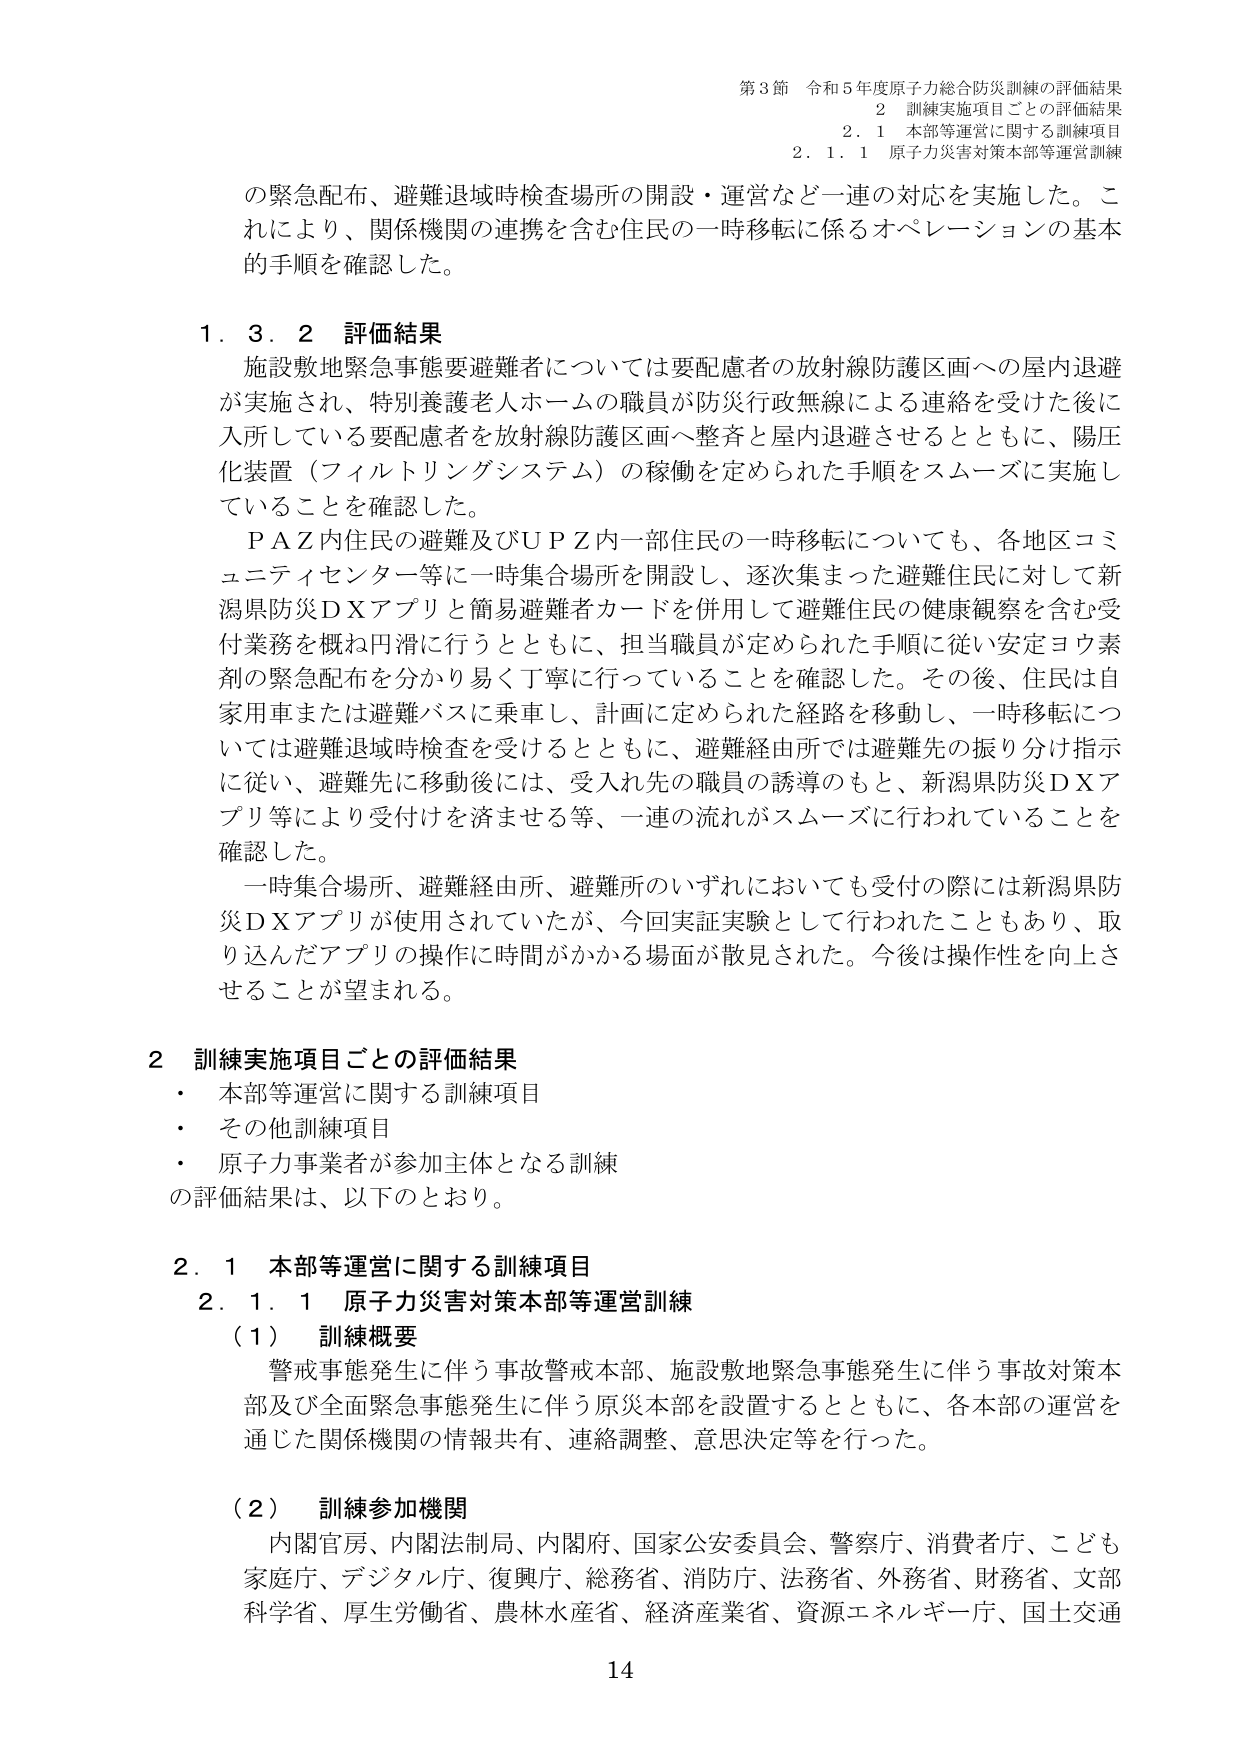
第3節 令和5年度原子力総合防災訓練の評価結果
2 訓練実施項目ごとの評価結果
2.1 本部等運営に関する訓練項目
2.1.1 原子力災害対策本部等運営訓練

の緊急配布、避難退域時検査場所の開設・運営など一連の対応を実施した。これにより、関係機関の連携を含む住民の一時移転に係るオペレーションの基本的手順を確認した。

1.3.2 評価結果
施設敷地緊急事態要避難者については要配慮者の放射線防護区画への屋内退避が実施され、特別養護老人ホームの職員が防災行政無線による連絡を受けた後に入所している要配慮者を放射線防護区画へ整齊と屋内退避させるとともに、陽圧化装置（フィルトリングシステム）の稼働を定められた手順をスムーズに実施していることを確認した。

ＰＡＺ内住民の避難及びＵＰＺ内一部住民の一時移転についても、各地区コミュニティセンター等に一時集合場所を開設し、逐次集まった避難住民に対して新潟県防災ＤＸアプリと簡易避難者カードを併用して避難住民の健康観察を含む受付業務を概ね円滑に行うとともに、担当職員が定められた手順に従い安定ヨウ素剤の緊急配布を分かり易く丁寧に行っていることを確認した。その後、住民は自家用車または避難バスに乗車し、計画に定められた経路を移動し、一時移転については避難退域時検査を受けるとともに、避難経由所では避難先の振り分け指示に従い、避難先に移動後には、受入れ先の職員の誘導のもと、新潟県防災ＤＸアプリ等により受付けを済ませる等、一連の流れがスムーズに行われていることを確認した。

一時集合場所、避難経由所、避難所のいずれにおいても受付の際には新潟県防災ＤＸアプリが使用されていたが、今回実証実験として行われたこともあり、取り込んだアプリの操作に時間がかかる場面が散見された。今後は操作性を向上させることが望まれる。

2 訓練実施項目ごとの評価結果
・ 本部等運営に関する訓練項目
・ その他訓練項目
・ 原子力事業者が参加主体となる訓練
の評価結果は、以下のとおり。

2.1 本部等運営に関する訓練項目
2.1.1 原子力災害対策本部等運営訓練
（1） 訓練概要
警戒事態発生に伴う事故警戒本部、施設敷地緊急事態発生に伴う事故対策本部及び全面緊急事態発生に伴う原災本部を設置するとともに、各本部の運営を通じた関係機関の情報共有、連絡調整、意思決定等を行った。

（2） 訓練参加機関
内閣官房、内閣法制局、内閣府、国家公安委員会、警察庁、消費者庁、こども家庭庁、デジタル庁、復興庁、総務省、消防庁、法務省、外務省、財務省、文部科学省、厚生労働省、農林水産省、経済産業省、資源エネルギー庁、国土交通

14